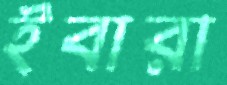
ইবারা